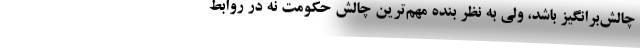
چالش‌برانگيز باشد، ولي به نظر بنده مهم‌ترين چالش حكومت نه در روابط